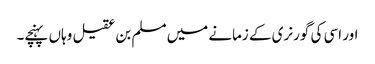
اور اسی کی گورنری کے زمانے میں مسلم بن عقیل وہاں پہنچے۔